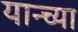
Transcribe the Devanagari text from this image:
यान्च्या